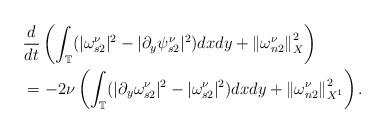
LaTeX: \begin{align*}\ \ \ & \frac{d}{dt}\left( \int_{\mathbb{T}}(|\omega_{s2}^{\nu}|^{2}-|\partial_{y}\psi_{s2}^{\nu}|^{2})dxdy+\left\Vert \omega_{n2}^{\nu}\right\Vert _{X}^{2}\right) \\& =-2\nu\left( \int_{\mathbb{T}}(|\partial_{y}\omega_{s2}^{\nu}|^{2}-|\omega_{s2}^{\nu}|^{2})dxdy+\left\Vert \omega_{n2}^{\nu}\right\Vert _{X^{1}}^{2}\right) .\end{align*}